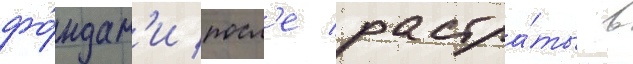
фо́ндам'и посл'е растра́ты в